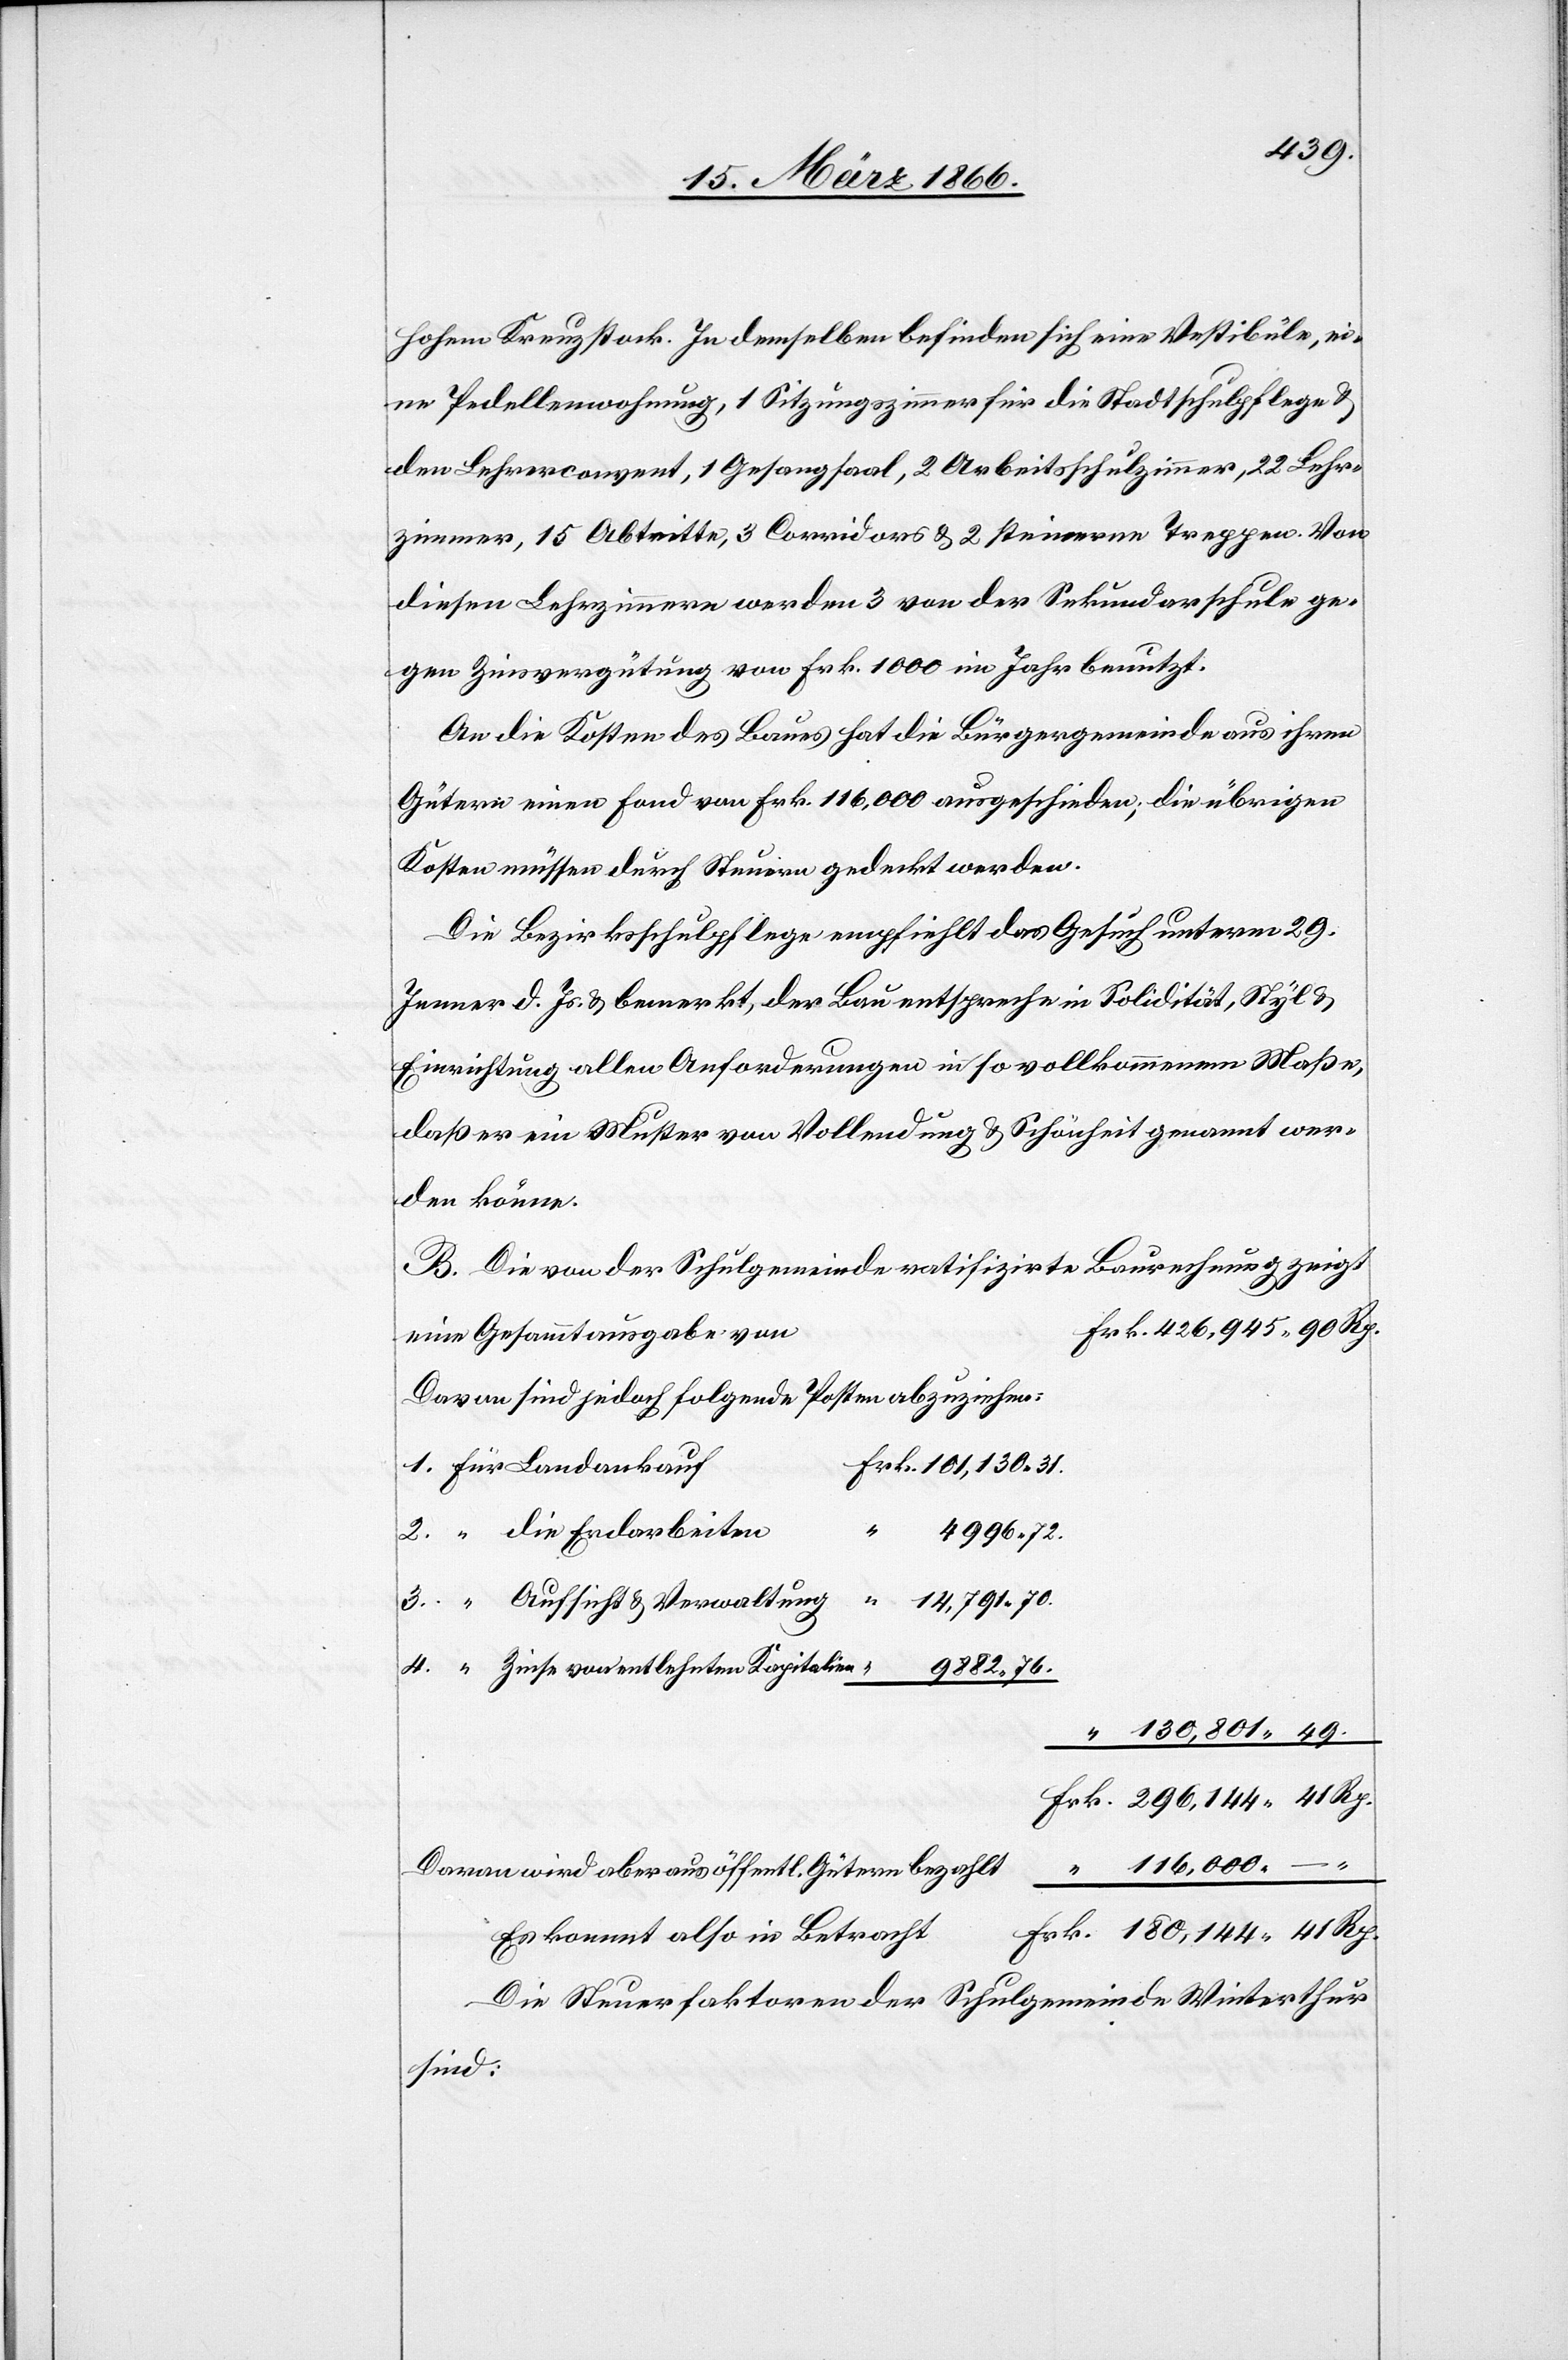
49.
hohem Kreuzstock. In demselben befinden sich eine Vestibüle, ei¬
ne Pedellenwohnung, 1 Sitzungszimmer für die Stadtschulpflege u.
den Lehrerconvent, 1 Gesangsaal, 2 Arbeitsschulzimmer, 22 Lehr¬
zimmer, 15 Abtritte, 3 Corridors u. 2 steinerne Treppen. Von
diesen Lehrzimmern werden 3 von der Sekundarschule ge¬
gen Zinsvergütung von Frk. 1000 im Jahr benutzt.
An die Kosten des Baues hat die Bürgergemeinde aus ihren
Gütern einen Fond von Frk. 116 000 ausgeschieden; die übrigen
Kosten müssen durch Steuern gedeckt werden.
Die Bezirksschulpflege empfiehlt das Gesuch unterm 29.
Jenner d. Js. u. bemerkt, der Bau entspreche in Solidität, Styl u.
Einrichtung allen Anforderungen in so vollkommenem Maße,
daß er ein Muster von Vollendung u. Schönheit genannt wer¬
den könne.
B. Die von der Schulgemeinde ratifizirte Baurechnung zeigt
eine Gesammtausgabe von
Davon sind jedoch folgende Posten abzuziehen:
1. für Landankauf
2. “ die Endarbeiten
4996.72
41
14 791.70
3. “ Aufsicht u. Verwaltung
4. “ Zinse von entlehnten Kapitalien
Davon wird aber aus öffentl. Gütern bezahlt
Es kommt also in Betracht
Die Steuerfaktoren der Schulgemeinde Winterthur
sind: